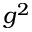
g ^ { 2 }